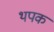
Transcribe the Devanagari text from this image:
थपक